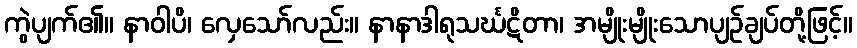
ကွဲပျက်၏။ နာဝါပိ၊ လှေသော်လည်း။ နာနာဒါရုသင်္ဃဋိတာ၊ အမျိုးမျိုးသောပျဉ်ချပ်တို့ဖြင့်။